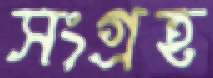
সংগ্রহ